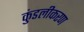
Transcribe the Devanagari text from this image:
कुंडलीकरण